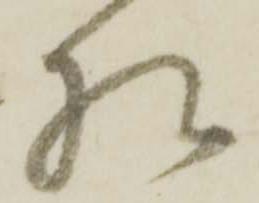
様